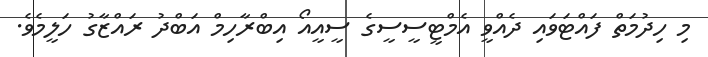
މި ހިދުމަތް ފައްޓަވައި ދެއްވީ އެމްޓީސީސީގެ ސީއީއޯ އިބްރާހިމް އަބްދު ރައްޒާގު ހަލީމެވެ.